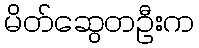
မိတ်ဆွေတဦးက